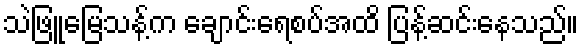
သဲဖြူမြေသန့်က ချောင်းရေစပ်အထိ ပြန့်ဆင်းနေသည်။